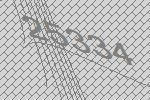
25334